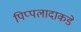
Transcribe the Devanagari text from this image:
पिप्पलादाकडे